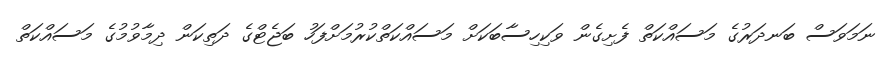
ނަމަވަސް ބަނދަރުގެ މަސައްކަތް ފެށިގެން ވަކިހިސާބަކަށް މަސައްކަތްކުރުމަށްފަހު ބަޖެޓްގެ ދަތިކަން ދިމާވުމުގެ މަސައްކަތް